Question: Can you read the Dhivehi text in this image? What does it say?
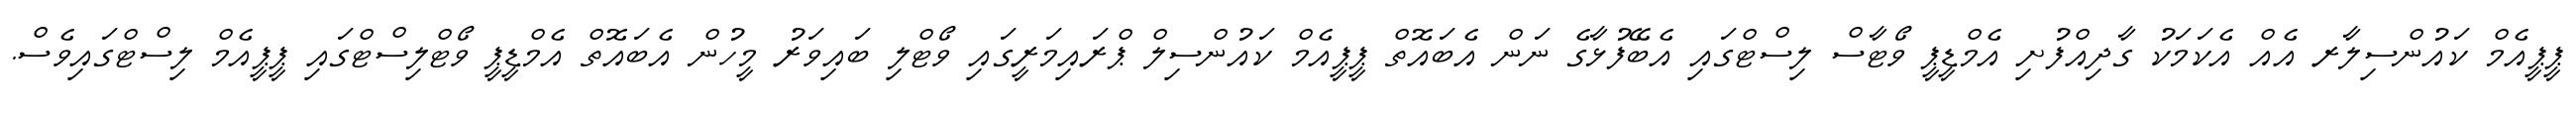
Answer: ޕީޕީއެމް ކައުންސިލާރ އެއް އެކަމަކު ގާދިއްފުށި އެމްޑީޕީ ވޯޓާސް ލިސްޓްގައި އެބޭފުޅާގެ ނަން އެބައޮތް ޕީޕީއެމް ކައުންސިލް ޕްރައިމަރީގައި ވޯޓްލި ބައިވަރު މީހުން އެބައޮތް އެމްޑީޕީ ވޯޓްލިސްޓްގައި ޕީޕީއެމް ލިސްޓްގައިވެސް.